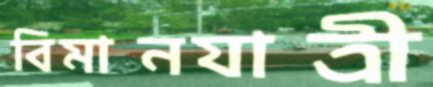
বিমানযাত্রী